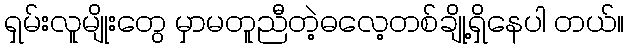
ရှမ်းလူမျိုးတွေ မှာမတူညီတဲ့ဓလေ့တစ်ချို့ရှိနေပါ တယ်။